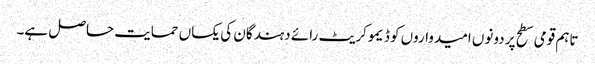
تاہم قومی سطح پر دونوں امیدواروں کو ڈیموکریٹ رائے دہندگان کی یکساں حمایت حاصل ہے۔